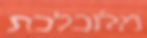
מלוכלכת